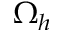
\Omega _ { h }